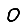
Digit: 0